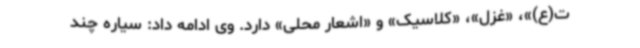
ت(ع)»، «غزل»، «کلاسیک» و «اشعار محلی» دارد. وی ادامه داد: سیاره چند